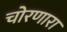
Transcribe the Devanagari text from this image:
चोरणारा